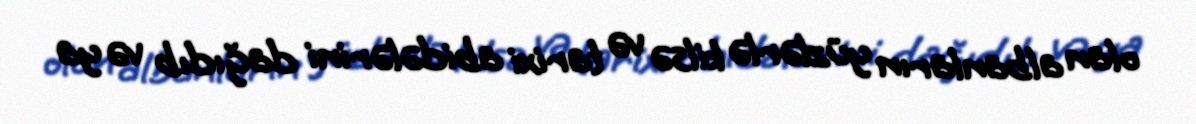
olan albanların yüzlərlə kilsə və tarixi abidələrini dağıdıb və ya